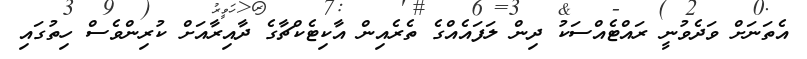
އެތަނަށް ވަދެވުނީ ރައްޓެއްސަކު ދިން ލަފައެއްގެ ތެރެއިން އާކިޓެކްޗާގެ ދާއިރާއަށް ކުރިންވެސް ހިތުގައި